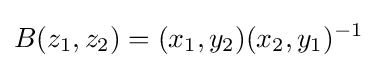
B(z_{1},z_{2})=(x_{1},y_{2})(x_{2},y_{1})^{-1}